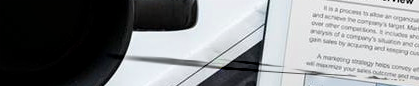
دخول الموظفين